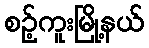
စဉ့်ကူးမြို့နယ်